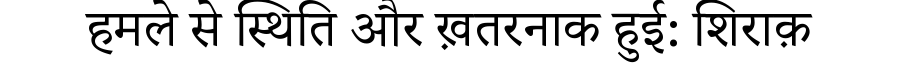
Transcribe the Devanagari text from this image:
हमले से स्थिति और ख़तरनाक हुई: शिराक़